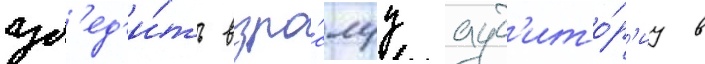
уб'ед'и́ть взро́слуу ауд'ито́р'иу в